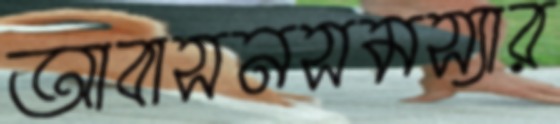
আবাসনসমস্যার